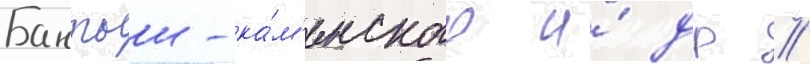
Бантыш-ка́м'енского и́ др //